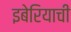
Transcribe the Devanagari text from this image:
इबेरियाची